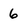
Character: 6